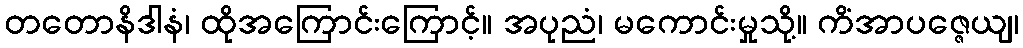
တတောနိဒါနံ၊ ထိုအကြောင်းကြောင့်။ အပုညံ၊ မကောင်းမှုသို့။ ကိံအာပဇ္ဇေယျ၊